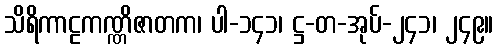
သိရိကာဠကဏ္ဏိဇာတက၊ ပါ-၁၄၁၊ ဋ္ဌ-တ-အုပ်-၂၄၁၊ ၂၄၉။